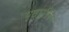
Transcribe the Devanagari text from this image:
पृष्ठभूमिरूप